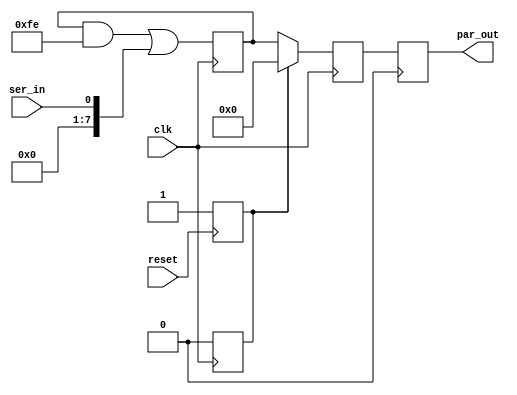
`timescale 1ns / 1ps

/*Here I have designed a serial to parallel converter.
It takes in a serial input and converts the same to 8-bit 
parallel output, at a clock rate 8 times slower. Refer to
the attached schematic for a better understanding.

Author	: Karthik S
e-mail id: shp.karthik@gmail.com
*/

module SerToPar(
    input ser_in, clk, reset,
    output reg [7:0] par_out
    );

reg [2:0] position_counter;
reg [7:0] buffer, buffer_in;

wire [7:0] buf_inp, distr_inp;
wire new_cycle = &position_counter;
reg rst;

initial begin
	position_counter = 3'b000;
end

always@(posedge clk) begin
	position_counter <= position_counter + 1;
	rst <= 0;
	buffer_in[position_counter] <= ser_in;
	buffer <= buf_inp;
end

assign distr_inp = buffer_in;
assign buf_inp = rst ? 8'b0 : distr_inp;

always@(posedge reset) begin
	rst = 1;
	position_counter = 3'b000;
end

always@(posedge new_cycle) begin
	par_out <= buffer;
end	

endmodule